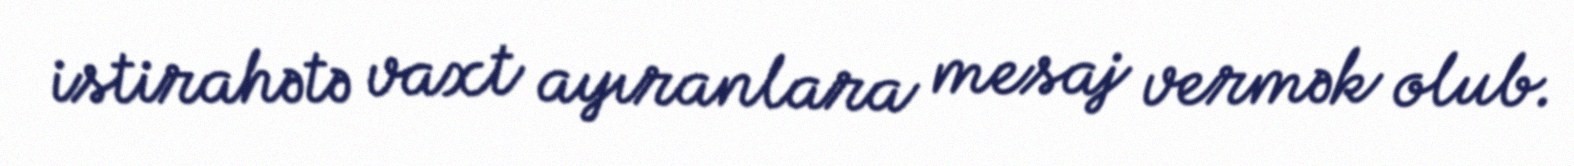
istirahətə vaxt ayıranlara mesaj vermək olub.